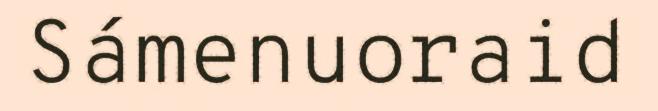
Sámenuoraid